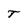
Character: T